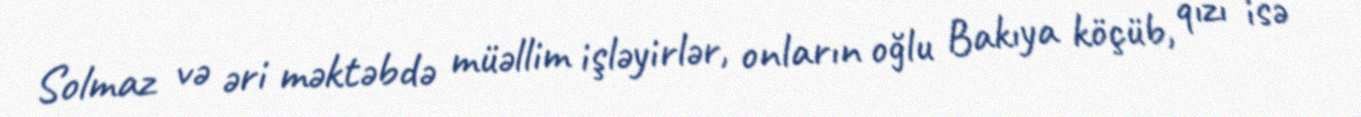
Solmaz və əri məktəbdə müəllim işləyirlər, onların oğlu Bakıya köçüb, qızı isə